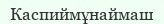
Каспиймұнаймаш